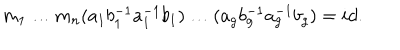
m _ { 1 } \ldots m _ { n } ( a _ { 1 } b _ { 1 } ^ { - 1 } a _ { 1 } ^ { - 1 } b _ { 1 } ) \ldots ( a _ { g } b _ { g } ^ { - 1 } a _ { g } ^ { - 1 } b _ { g } ) = i d .